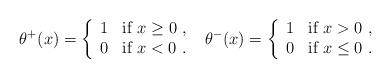
LaTeX: \begin{align*}\theta^+(x) = \left\{ \begin{array}{ll} 1 & \mbox{if $ x\geq0$ , } \\ 0 & \mbox{if $ x<0 $ . } \end{array} \right.\theta^-(x) = \left\{ \begin{array}{ll}1 & \mbox{if $ x>0$ , } \\0 & \mbox{if $ x\leq0 $ . }\end{array}\right.\end{align*}